Code of medical and sanitary regulations for the guidance of medical officers serving in the Madras Presidency - Volume I
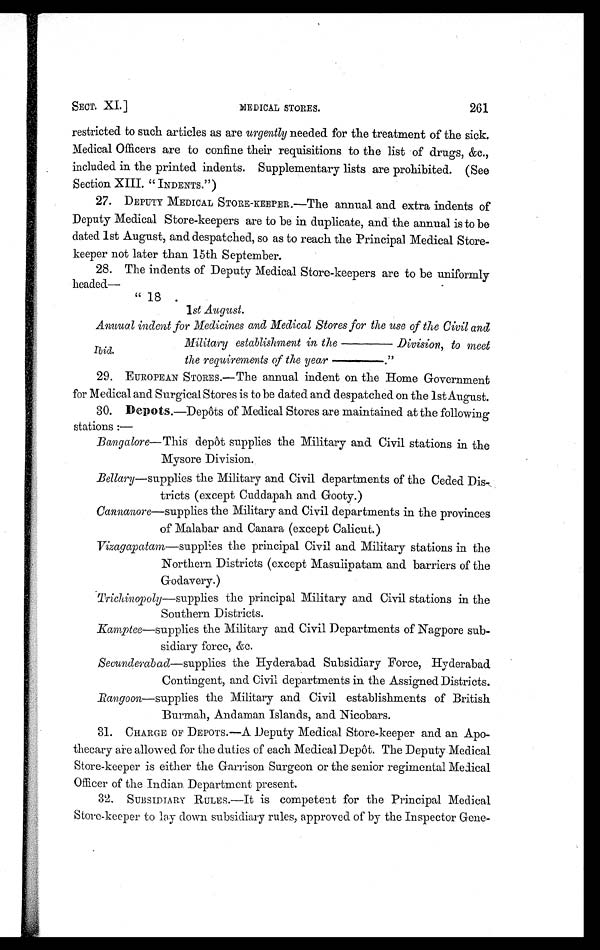
SECT. XI.] MEDICAL STORES. 261
restricted to such articles as are urgently needed for the treatment of the sick.
Medical Officers are to confine their requisitions to the list of drugs, &c.,
included in the printed indents. Supplementary lists are prohibited. (See
Section XIII. " INDENTS.")
27. DEPUTY MEDICAL STORE-KEEPER.—The annual and extra indents of
Deputy Medical Store-keepers are to be in duplicate, and the annual is to be
dated 1st August, and despatched, so as to reach the Principal Medical Store-
keeper not later than 15th September.
28. The indents of Deputy Medical Store-keepers are to be uniformly
headed—
" 1 8
1 st August.
Anuual indent for Medicines and Medical Stores for the use of the Civil and
Military establishment in the —Division, to meet
the requirements of the year
—."
29. EUROPEAN STORES. —The a nnua l i nde nt on t he Home Gove r nme nt
for Medical and Surgical Stores is to be dated and despatched on the 1st August.
30.De po t s . —De pôt s of Me di c a l St or e s a r e ma i nt a i ne d a t t he f ol l owi ng
stations :
—
Bangalore—This depôt supplies the Military and Civil stations in the
Mysore Division.
Bellary—supplies the Military and Civil departments of the Ceded
Dis-tricts (except Cuddapah and Gooty.)
Cannanore —supplies the Military and Civil departments in the provinces
of Malabar and Canara (except Calicut.)
Vizagapatam—supplies the principal Civil and Military stations in the
Northern Districts (except Masulipatam and barriers of the
Godavery.)
Trichinopoly —supplies the principal Military and Civil stations in the
Southern Districts.
Kamptee —supplies the Military and Civil Departments of Nagpore sub-
sidiary force, &c.
Secunderabad —supplies the Hyderabad Subsidiary Force, Hyderabad
Contingent, and Civil departments in the Assigned Districts.
Rangoon—supplies the Military and Civil establishments of British
Burmah, Andaman Islands, and Nicobars.
31. CHARGE OF DEPOTS. —A Deputy Medi cal Store-keeper and an Apo-
thecary are allowed for the duties of each Medical Depôt. The Deputy Medical
Store-keeper is either the Garrison Surgeon or the senior regimental Medical
Officer of the Indian Department present.
3 2 . S U B S I D I A R Y R U L E S . —I t i s c o mp e t e n t f o r t h e P r i n c i p a l Me d i c a l
Store-keeper to lay down subsidiary rules, approved of by the Inspector Gene-
Ibid.